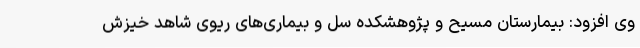
وی افزود: بیمارستان مسیح و پژوهشکده سل و بیماری‌های ریوی شاهد خیزش